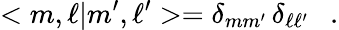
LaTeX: <m,\ell|m^{\prime},\ell^{\prime}>=\delta_{mm^{\prime}}\, \delta_{\ell\ell^{\prime}}\ \ \ .